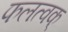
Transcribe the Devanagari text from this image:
फलत्वक्‌